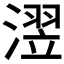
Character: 𪷊